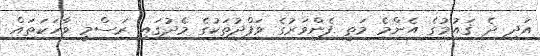
އަދި ދެ ޤައުމުގެ އެންމެ މަތީ ފެންވަރުގެ ވަފްދުތަކުގެ މެދުގައި ރަސްމީ ވާހަކަތައް